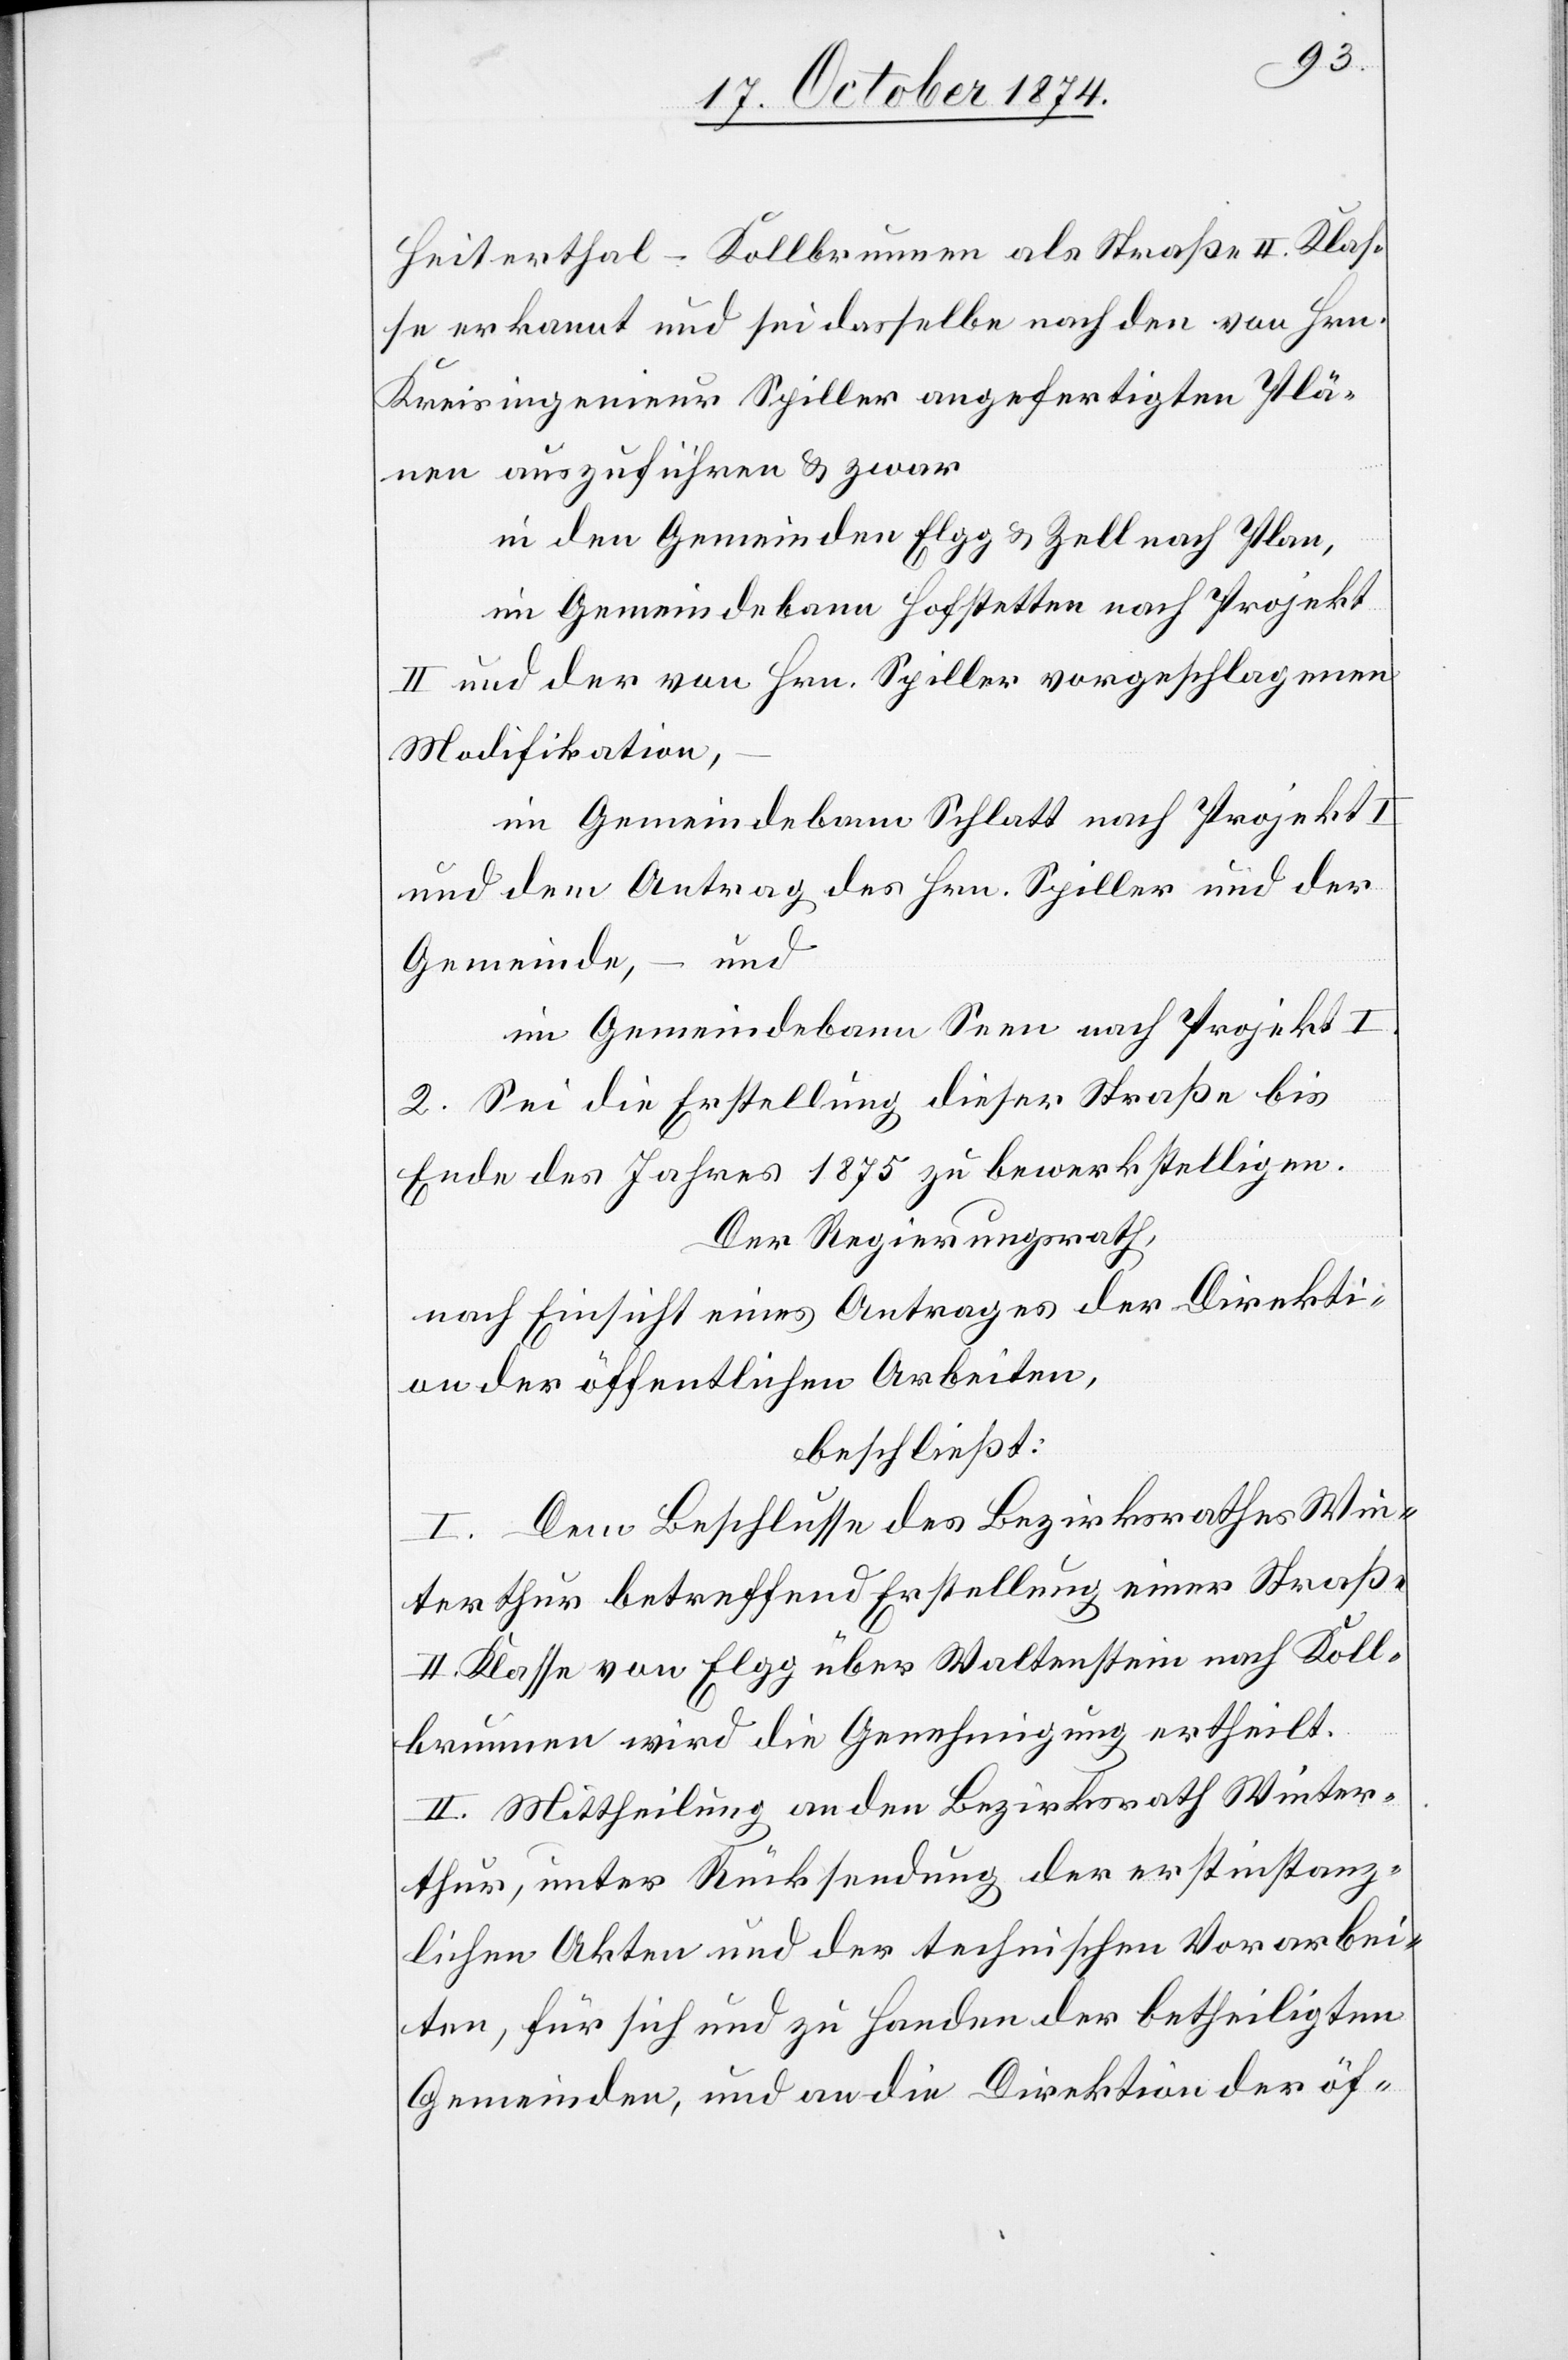
Heiterthal–Kollbrunnen als Straße II. Klas¬
se erkannt und sei dasselbe nach den von Hrn.
Kreisingenieur Spiller angefertigten Plä¬
nen auszuführen & zwar
in den Gemeinden Elgg & Zell nach Plan,
im Gemeindebann Hofstetten nach Projekt
II und der von Hrn. Spiller vorgeschlagenen
Modifikation,
im Gemeindebann Schlatt nach Projekt I
und dem Antrag des Hrn. Spiller und der
und
Gemeinde, –
im Gemeindebann Seen nach Projekt I.
2. Sei die Erstellung dieser Straße bis
Ende des Jahres 1875 zu bewerkstelligen.
Der Regierungsrath,
nach Einsicht eines Antrages der Direkti¬
on der öffentlichen Arbeiten,
beschließt:
I. Dem Beschlusse des Bezirksrathes Win¬
terthur betreffend Erstellung einer Straße
II. Klasse von Elgg über Waltenstein nach Koll¬
brunnen wird die Genehmigung ertheilt.
II. Mittheilung an den Bezirksrath Winter¬
thur, unter Rücksendung der erstinstanz¬
lichen Akten und der technischen Vorarbei¬
ten, für sich und zu Handen der betheiligten
Gemeinden, und an die Direktion der öf-